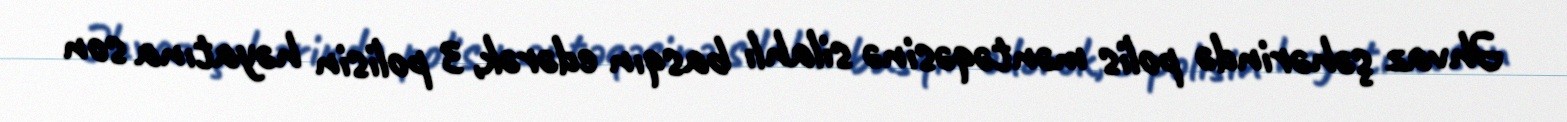
Əhvaz şəhərində polis məntəqəsinə silahlı basqın edərək, 3 polisin həyatına son